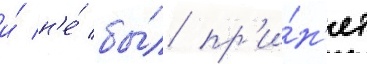
и́ н'е́ бы́л пр'и́н'ят